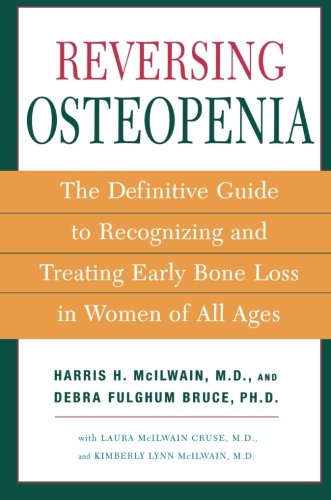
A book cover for Reversing Osteopenia: The Definitive Guide to Recognizing and Treating Early Bone Loss in Women of All Ages; Harris McIlwain; Health, Fitness & Dieting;